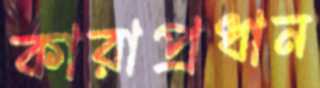
কারাপ্রধান